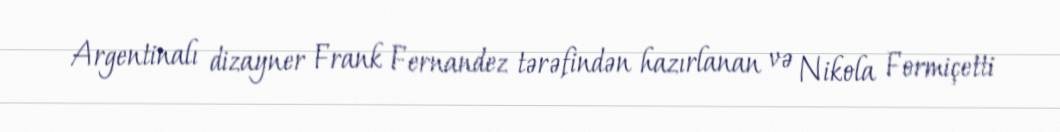
Argentinalı dizayner Frank Fernandez tərəfindən hazırlanan və Nikola Formiçetti